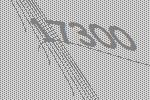
17300